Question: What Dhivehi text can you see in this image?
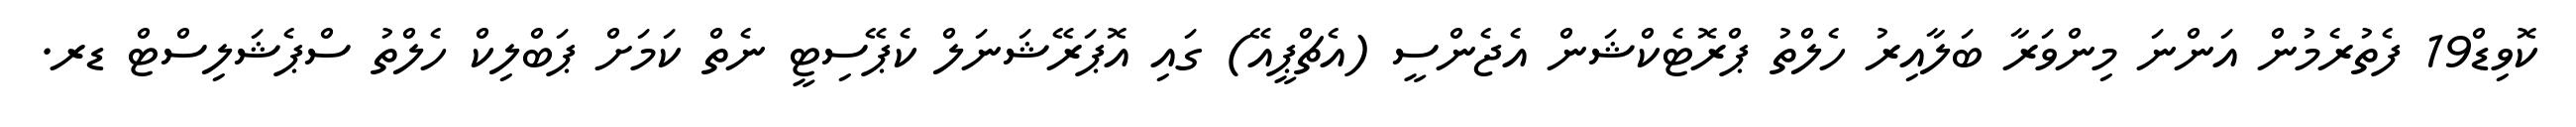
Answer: ކޮވިޑް19 ފެތުރެމުން އަންނަ މިންވަރާ ބަލާއިރު ހެލްތު ޕްރޮޓެކްޝަން އެޖެންސީ (އެޗްޕީއޭ) ގައި އޮޕަރޭޝަނަލް ކެޕޭސިޓީ ނެތް ކަމަށް ޕަބްލިކް ހެލްތު ސްޕެޝަލިސްޓް ޑރ.